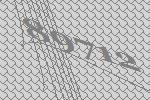
89712